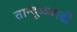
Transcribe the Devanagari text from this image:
तान्दूळवाडी